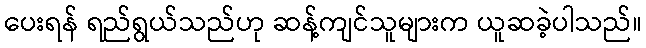
ပေးရန် ရည်ရွယ်သည်ဟု ဆန့်ကျင်သူများက ယူဆခဲ့ပါသည်။